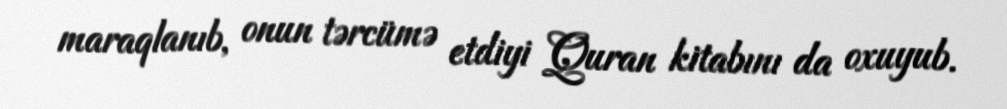
maraqlanıb, onun tərcümə etdiyi Quran kitabını da oxuyub.